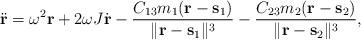
LaTeX: \begin{align*}\ddot{\bf r} = \omega^{2} {\bf r} + 2 \omega J \dot{\bf r} -\frac{C_{13} m_1 ({\bf r}- {\bf s}_1)}{\|{\bf r} - {\bf s}_1\|^{3}} - \frac{C_{23} m_2 ({\bf r}- {\bf s}_2)}{\|{\bf r}- {\bf s}_2\|^{3}}, \end{align*}